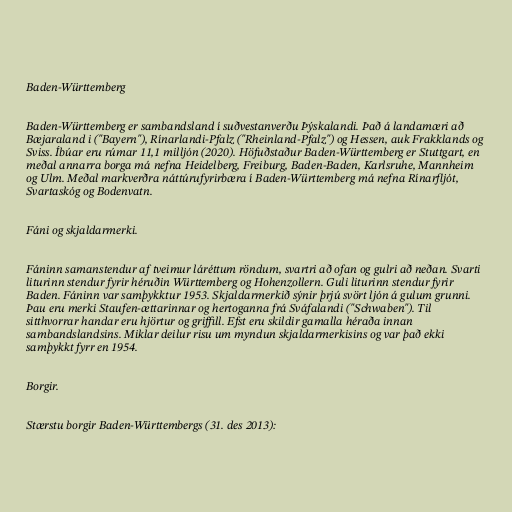
Baden-Württemberg

Baden-Württemberg er sambandsland í suðvestanverðu Þýskalandi. Það á landamæri að
Bæjaraland i ("Bayern"), Rínarlandi-Pfalz ("Rheinland-Pfalz") og Hessen, auk Frakklands og
Sviss. Íbúar eru rúmar 11,1 milljón (2020). Höfuðstaður Baden-Württemberg er Stuttgart, en
meðal annarra borga má nefna Heidelberg, Freiburg, Baden-Baden, Karlsruhe, Mannheim
og Ulm. Meðal markverðra náttúrufyrirbæra í Baden-Württemberg má nefna Rínarfljót,
Svartaskóg og Bodenvatn.

Fáni og skjaldarmerki.

Fáninn samanstendur af tveimur láréttum röndum, svartri að ofan og gulri að neðan. Svarti
liturinn stendur fyrir héruðin Württemberg og Hohenzollern. Guli liturinn stendur fyrir
Baden. Fáninn var samþykktur 1953. Skjaldarmerkið sýnir þrjú svört ljón á gulum grunni.
Þau eru merki Staufen-ættarinnar og hertoganna frá Sváfalandi ("Schwaben"). Til
sitthvorrar handar eru hjörtur og griffill. Efst eru skildir gamalla héraða innan
sambandslandsins. Miklar deilur risu um myndun skjaldarmerkisins og var það ekki
samþykkt fyrr en 1954.

Borgir.

Stærstu borgir Baden-Württembergs (31. des 2013):